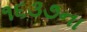
૧૬૩૭ના